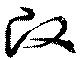
改